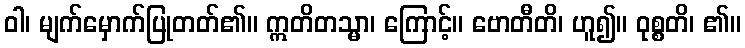
ဝါ၊ မျက်မှောက်ပြုတတ်၏။ ဣတိတသ္မာ၊ ကြောင့်။ ဗောတီတိ၊ ဟူ၍။ ဝုစ္စတိ၊ ၏။